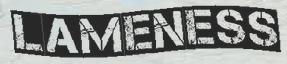
LAMENESS